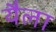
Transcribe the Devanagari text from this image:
यैला